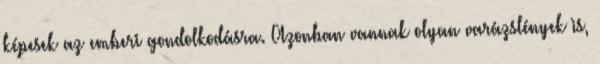
képesek az emberi gondolkodásra. Azonban vannak olyan varázslények is,